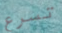
تسرع